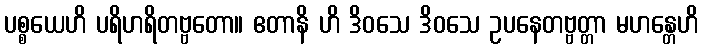
ပစ္စယေဟိ ပရိဟရိတဗ္ဗတော။ ဧတာနိ ဟိ ဒိဝသေ ဒိဝသေ ဥပနေတဗ္ဗတ္တာ မဟန္တေဟိ